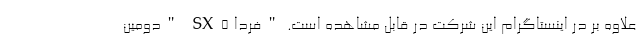
علاوه بر در اینستاگرام این شرکت در قابل مشاهده است. "فردا SX5 "دومین